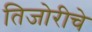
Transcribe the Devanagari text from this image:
तिजोरीचे